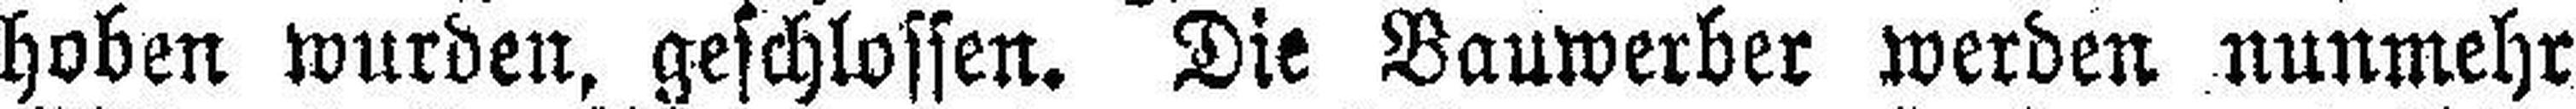
hoben wurden, geschlossen. Die Bauwerber werden nunmehr